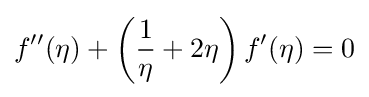
f''(\eta )+\left({1 \over \eta }+2\eta \right)f'(\eta )=0